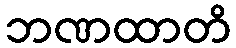
ဘဏထာတိ